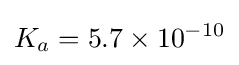
K_{a}=5.7\times 10^{-10}